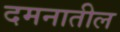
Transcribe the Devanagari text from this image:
दमनातील